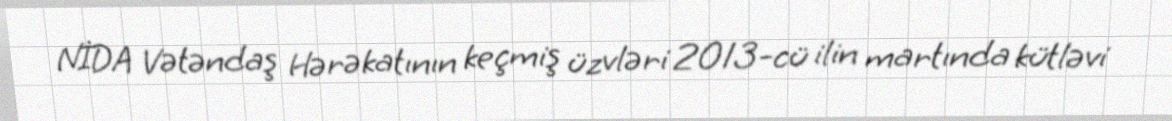
NİDA Vətəndaş Hərəkatının keçmiş üzvləri 2013-cü ilin martında kütləvi